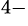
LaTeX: ^{4-}